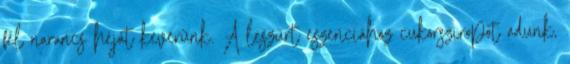
fél narancs héját keverünk. A leszűrt eszenciához cukorsziropot adunk,